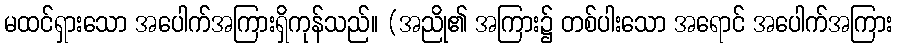
မထင်ရှားသော အပေါက်အကြားရှိကုန်သည်။ (အညို၏ အကြား၌ တစ်ပါးသော အရောင် အပေါက်အကြား